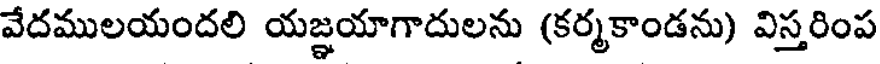
వేదములయందలి యజ్ఞయాగాదులను (కర్మకాండను) విస్తరింప